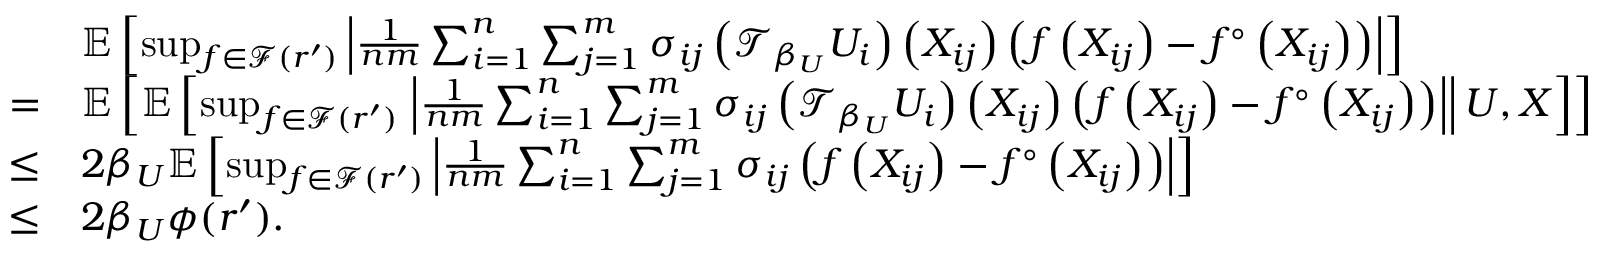
\begin{array} { r l } & { \mathbb { E } \left[ \operatorname* { s u p } _ { f \in \mathcal { F } ( r ^ { \prime } ) } \left| \frac { 1 } { n m } \sum _ { i = 1 } ^ { n } \sum _ { j = 1 } ^ { m } \sigma _ { i j } \left( \mathcal { T } _ { \beta _ { U } } U _ { i } \right) \left( X _ { i j } \right) \left( f \left( X _ { i j } \right) - f ^ { \circ } \left( X _ { i j } \right) \right) \right| \right] } \\ { = } & { \mathbb { E } \left[ \mathbb { E } \left[ \operatorname* { s u p } _ { f \in \mathcal { F } ( r ^ { \prime } ) } \left. \left| \frac { 1 } { n m } \sum _ { i = 1 } ^ { n } \sum _ { j = 1 } ^ { m } \sigma _ { i j } \left( \mathcal { T } _ { \beta _ { U } } U _ { i } \right) \left( X _ { i j } \right) \left( f \left( X _ { i j } \right) - f ^ { \circ } \left( X _ { i j } \right) \right) \right| \right| U , X \right] \right] } \\ { \leq } & { 2 \beta _ { U } \mathbb { E } \left[ \operatorname* { s u p } _ { f \in \mathcal { F } ( r ^ { \prime } ) } \left| \frac { 1 } { n m } \sum _ { i = 1 } ^ { n } \sum _ { j = 1 } ^ { m } \sigma _ { i j } \left( f \left( X _ { i j } \right) - f ^ { \circ } \left( X _ { i j } \right) \right) \right| \right] } \\ { \leq } & { 2 \beta _ { U } \phi ( r ^ { \prime } ) . } \end{array}